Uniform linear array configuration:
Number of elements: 16
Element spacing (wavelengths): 1
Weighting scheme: blackman
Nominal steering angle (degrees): -15
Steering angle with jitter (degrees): -13.301
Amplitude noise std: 0.05
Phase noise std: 0.05

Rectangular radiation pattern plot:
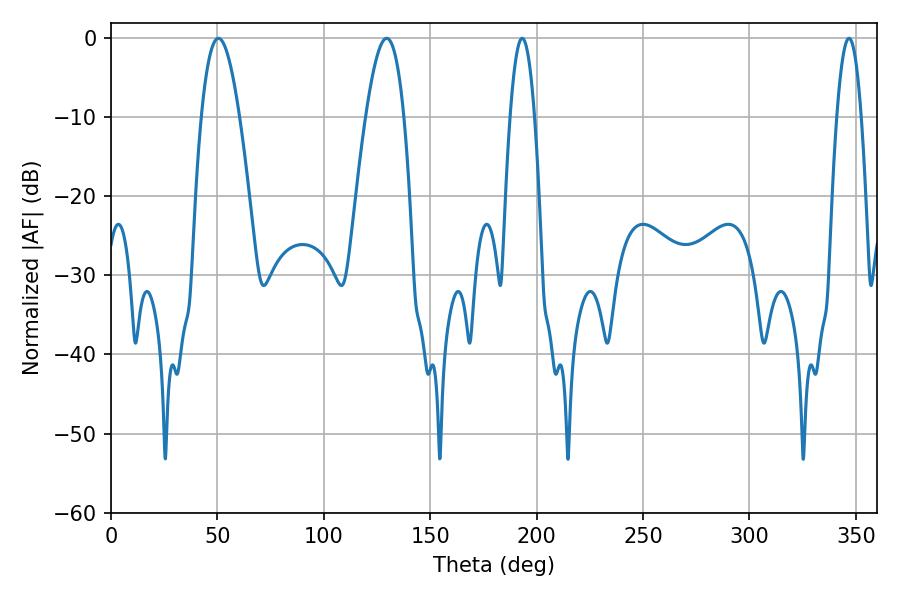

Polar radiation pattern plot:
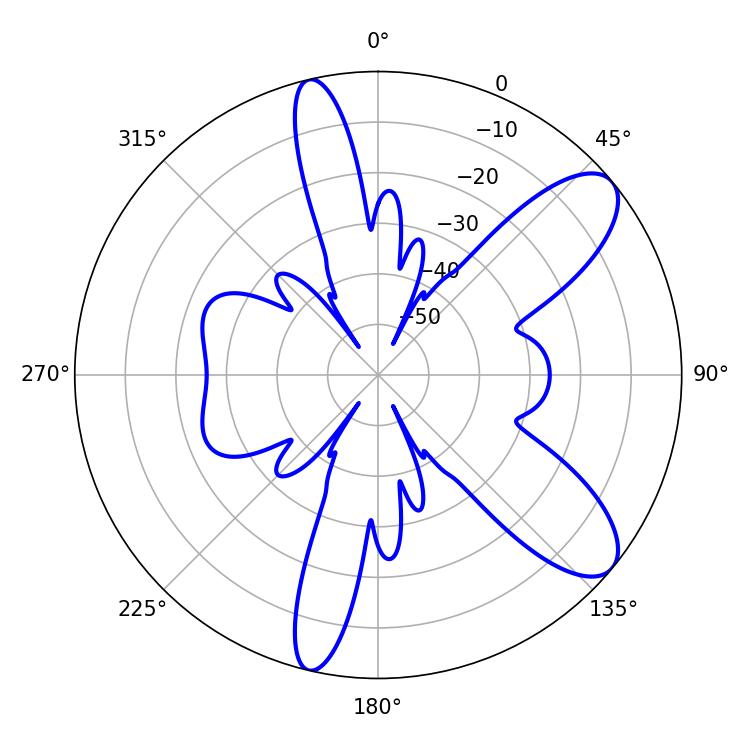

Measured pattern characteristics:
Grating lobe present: TRUE
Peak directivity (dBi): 9.399
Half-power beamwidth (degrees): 9.72
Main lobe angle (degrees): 50.4